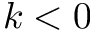
k < 0